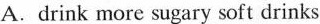
A.drink more sugary soft drinks